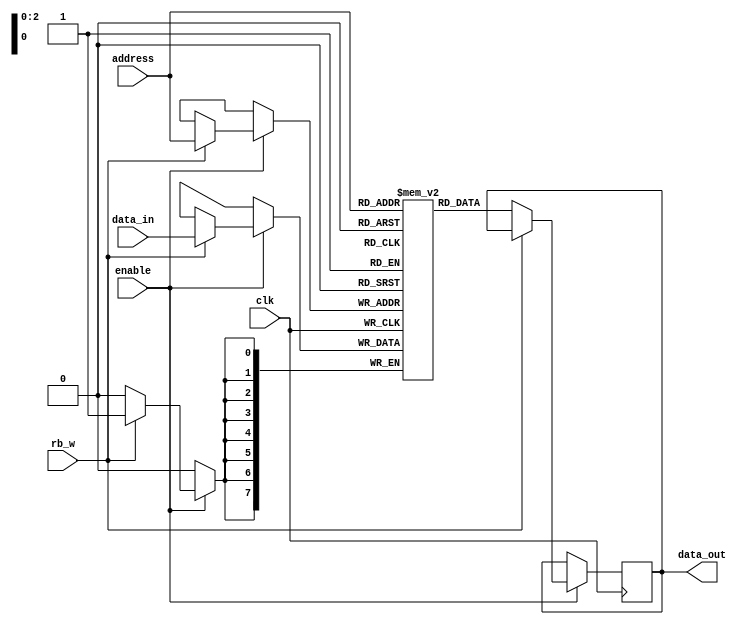
// Code your design here
// Code your design here
module memory_module (
    input wire clk,
    input wire enable,
    input wire rb_w,
  	input wire [2:0] address,
  	input wire [7:0] data_in,
  	output reg [7:0] data_out
);


  reg [7:0] memory_array [7:0];

//always @(posedge clk) begin
  //if (rb_w && enable) begin
        // Write operation
    //    memory_array[address] <= data_in;
    //end 
  //else (rb_w!)begin
        // Read operation
    //    data_out = memory_array[address];
    //end
//end

//endmodule

always@(posedge clk) begin
  if (enable) begin
    if (rb_w) begin
      memory_array[address] <= data_in;
    end
    else begin
      data_out <= memory_array[address];
    end
  end
  else begin
  end
end
endmodule